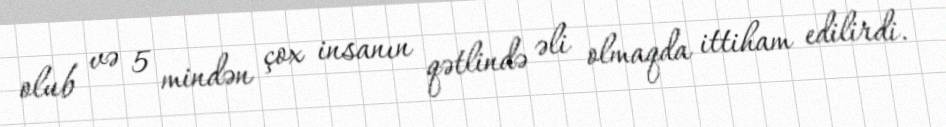
olub və 5 mindən çox insanın qətlində əli olmaqda ittiham edilirdi.